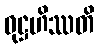
ဝုဋ္ဌဟိဿတိ